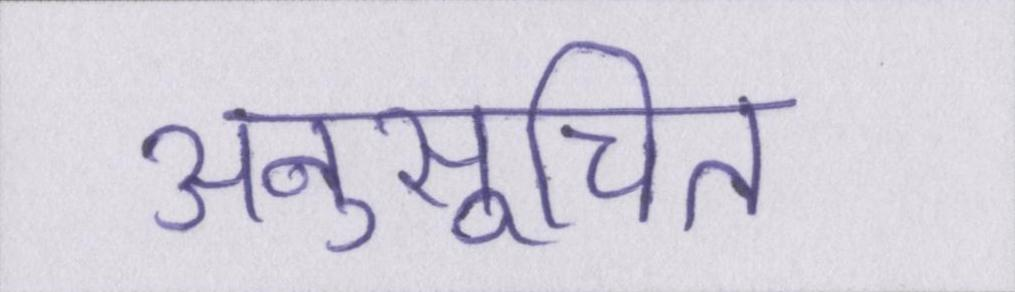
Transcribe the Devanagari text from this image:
अनुसूचित